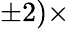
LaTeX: \pm 2)\times